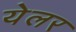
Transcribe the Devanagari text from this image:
येलर